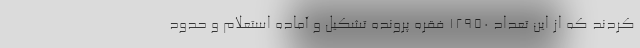
کردند که از این تعداد ۱۲۹۵۰ فقره پرونده تشکیل و آماده استعلام و حدود